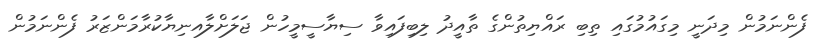
ފެންނަމުން މިދަނީ މިގައުމުގައި ތިބި ރައްޔިތުންގެ ތާއީދު ލިބިފައިވާ ސިޔާސީމީހުން ޖަލަށްލާއނިޔާކުރާމަންޒަރު ފެންނަމުން